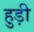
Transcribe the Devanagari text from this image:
हुड़ी